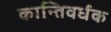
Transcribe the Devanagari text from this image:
कान्तिवर्धक